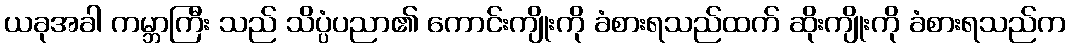
ယခုအခါ ကမ္ဘာကြီး သည် သိပ္ပံပညာ၏ ကောင်းကျိုးကို ခံစားရသည်ထက် ဆိုးကျိုးကို ခံစားရသည်က